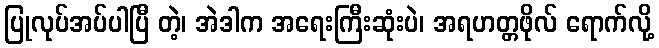
ပြုလုပ်အပ်ပါပြီ တဲ့၊ အဲဒါက အရေးကြီးဆုံးပဲ၊ အရဟတ္တဖိုလ် ရောက်လို့